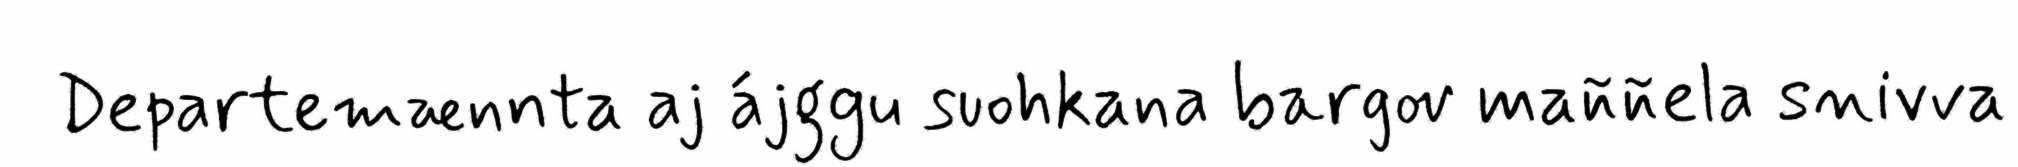
Departemænnta aj ájggu suohkana bargov maññela snivva